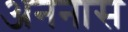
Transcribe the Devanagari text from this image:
अननास